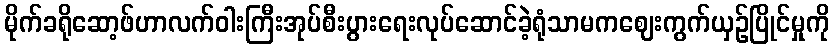
မိုက်ခရိုဆော့ဖ်ဟာလက်ဝါးကြီးအုပ်စီးပွားရေးလုပ်ဆောင်ခဲ့ရုံသာမကဈေးကွက်ယှဉ်ပြိုင်မှုကို